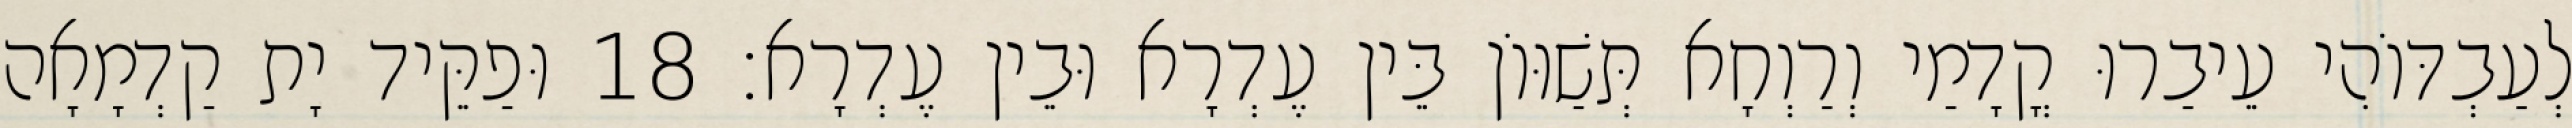
לְעַבְדּוֹהִי עֵיבַרוּ קֳדָמַי וְרַוְחָא תְּשַׁוּוֹן בֵּין עֶדְרָא וּבֵין עֶדְרָא׃ 18 וּפַקֵּיד יָת קַדְמָאָה